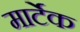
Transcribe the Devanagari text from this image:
मार्टेक